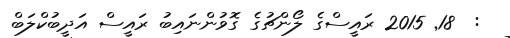
:  18